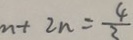
n + 2 n = \frac { 4 } { 3 }